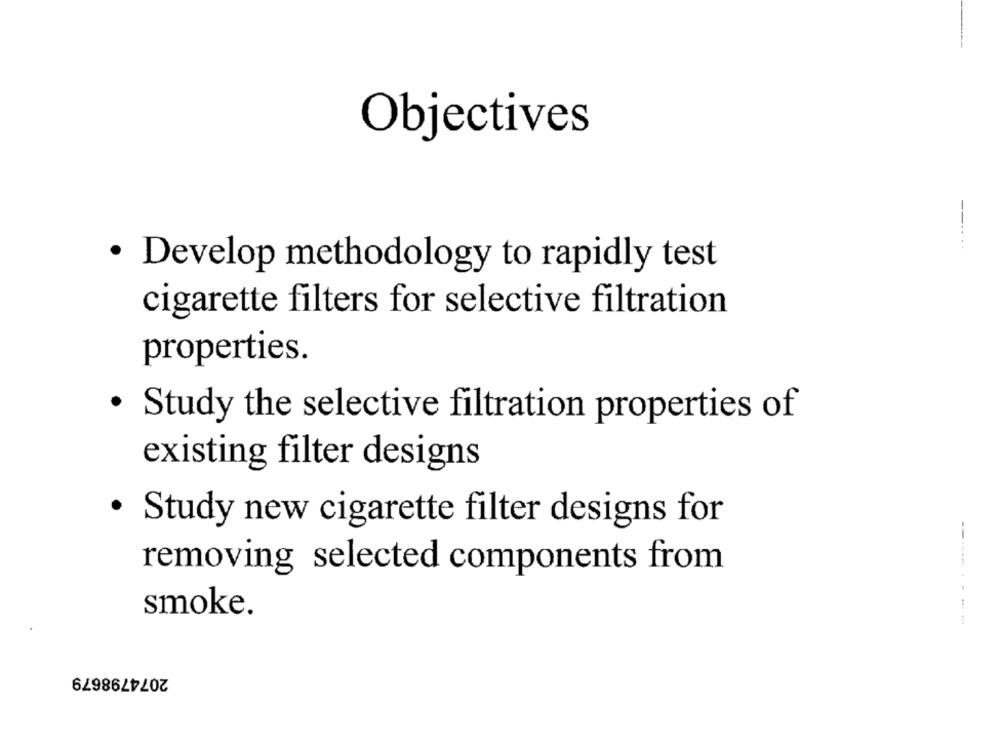
Objectives
--....
· Develop methodology to rapidly test
cigarette filters for selective filtration
properties.
.
Study the selective filtration properties of
existing filter designs
· Study new cigarette filter designs for
removing selected components from
smoke.
---------
2074798679